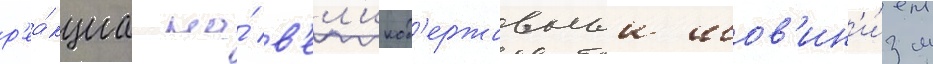
р'еа́кциа на́ в'ел'икод'ержавныи шов'ин'и́зм